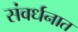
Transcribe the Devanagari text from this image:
संवर्धनात